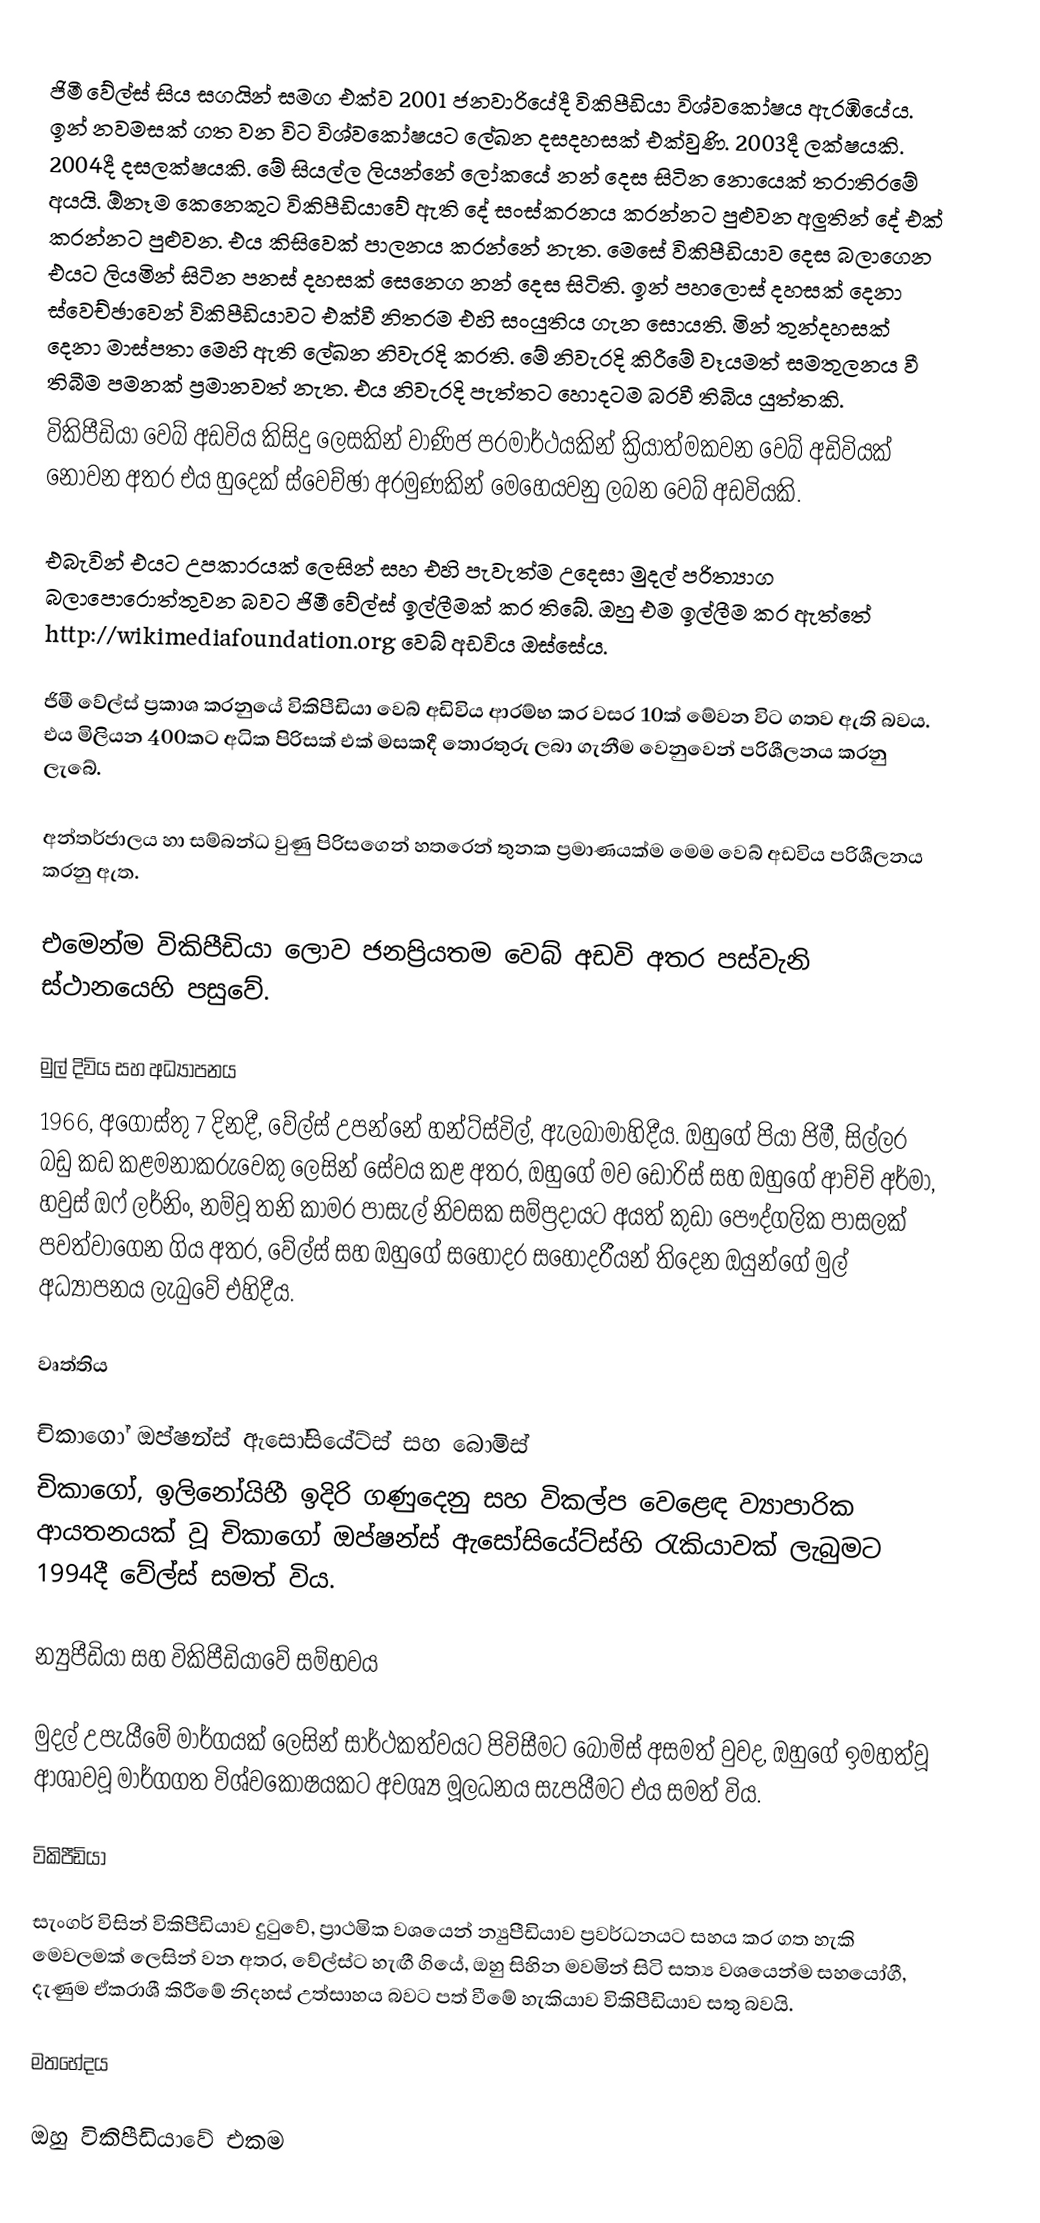
ජිමී වේල්ස් සිය සගයින් සමග එක්ව 2001 ජනවාරියේදී විකිපීඩියා විශ්වකෝෂය ඇරඹියේය. ඉන් නවමසක් ගත වන විට විශ්වකෝෂයට ලේඛන දසදහසක් එක්වුණි. 2003දී ලක්ෂයකි. 2004දී දසලක්ෂයකි. මේ සියල්ල ලියන්නේ ලෝකයේ නන් දෙස සිටින නොයෙක් තරාතිරමේ අයයි. ඕනෑම කෙනෙකුට විකිපීඩියාවේ ඇති දේ සංස්කරනය කරන්නට පුළුවන අලුතින් දේ එක් කරන්නට පුළුවන. එය කිසිවෙක් පාලනය කරන්නේ නැත. මෙසේ විකිපීඩියාව දෙස බලාගෙන එයට ලියමින් සිටින පනස් දහසක් සෙනෙග නන් දෙස සිටිති. ඉන් පහලොස් දහසක් දෙනා ස්වෙච්ඡාවෙන් විකිපීඩියාවට එක්වී නිතරම එහි සංයුතිය ගැන සොයති. මින් තුන්දහසක් දෙනා මාස්පතා මෙහි ඇති ලේඛන නිවැරදි කරති. මේ නිවැරදි කිරීමේ වෑයමත් සමතුලනය වී තිබීම පමනක් ප්‍රමානවත් නැත. එය නිවැරදි පැත්තට හොදටම බරවී තිබිය යුත්තකි.
විකිපීඩියා වෙබ් අඩවිය කිසිදු ලෙසකින් වාණිජ පරමාර්ථයකින් ක්‍රියාත්මකවන වෙබ් අඩිවියක් නොවන අතර එය හුදෙක් ස්වෙච්ඡා අරමුණකින් මෙහෙයවනු ලබන වෙබ් අඩවියකි.

එබැවින් එයට උපකාරයක් ලෙසින් සහ එහි පැවැත්ම උදෙසා මුදල් පරිත්‍යාග බලාපොරොත්තුවන බවට ජිමී වේල්ස් ඉල්ලීමක් කර තිබේ. ඔහු එම ඉල්ලීම කර ඇත්තේ http://wikimediafoundation.org වෙබ් අඩවිය ඔස්සේය.

ජිමී වේල්ස් ප්‍රකාශ කරනුයේ විකිපීඩියා වෙබ් අඩිවිය ආරම්භ කර වසර 10ක් මේවන විට ගතව ඇති බවය. එය මිලියන 400කට අධික පිරිසක් එක් මසකදී තොරතුරු ලබා ගැනීම වෙනුවෙන් පරිශීලනය කරනු ලැබේ.

අන්තර්ජාලය හා සම්බන්ධ වුණු පිරිසගෙන් හතරෙන් තුනක ප්‍රමාණයක්ම මෙම වෙබ් අඩවිය පරිශීලනය කරනු ඇත.

එමෙන්ම විකිපීඩියා ලොව ජනප්‍රියතම වෙබ් අඩවි අතර පස්වැනි ස්ථානයෙහි පසුවේ.

මුල් දිවිය සහ අධ්‍යාපනය
1966, අගෝස්තු 7 දිනදී, වේල්ස් උපන්නේ හන්ට්ස්විල්, ඇලබාමාහිදීය. ඔහුගේ පියා ජිමී, සිල්ලර බඩු කඩ කළමනාකරුවෙකු ලෙසින් සේවය කළ අතර, ඔහුගේ මව ඩොරිස් සහ ඔහුගේ ආච්චි අර්මා, හවුස් ඔෆ් ලර්නිං, නම්වූ තනි කාමර පාසැල් නිවසක සම්ප්‍රදායට අයත්  කුඩා පෞද්ගලික පාසලක්  පවත්වාගෙන ගිය අතර, වේල්ස් සහ ඔහුගේ සහෝදර සහෝදරීයන් තිදෙන ඔයුන්ගේ මුල් අධ්‍යාපනය ලැබුවේ එහිදීය.

වෘත්තිය

චිකාගෝ ඔප්ෂන්ස් ඇසෝසියේට්ස් සහ බොමිස්
චිකාගෝ, ඉලිනෝයිහී  ඉදිරි ගණුදෙනු සහ විකල්ප වෙළෙඳ ව්‍යාපාරික ආයතනයක් වූ චිකාගෝ ඔප්ෂන්ස් ඇසෝසියේට්ස්හි රැකියාවක් ලැබුමට 1994දී වේල්ස් සමත් විය.

න්‍යුපීඩියා සහ විකිපීඩියාවේ සම්භවය

මුදල් උපැයීමේ මාර්ගයක් ලෙසින් සාර්ථකත්වයට පිවිසීමට  බොමිස්  අසමත් වුවද, ඔහුගේ ඉමහත්වූ ආශාවවූ මාර්ගගත විශ්වකෝෂයකට අවශ්‍ය මූලධනය සැපයීමට එය සමත් විය.

විකිපීඩියා

සැංගර් විසින් විකිපීඩියාව දුටුවේ, ප්‍රාථමික වශයෙන් න්‍යුපීඩියාව ප්‍රවර්ධනයට සහය කර ගත හැකි මෙවලමක් ලෙසින් වන අතර,  වේල්ස්ට හැඟී ගියේ, ඔහු සිහින මවමින් සිටි සත්‍ය වශයෙන්ම සහයෝගී, දැණුම ඒකරාශී කිරීමේ නිදහස් උත්සාහය බවට පත් වීමේ හැකියාව විකිපීඩියාව සතු බවයි.

මතභේදය

ඔහු විකිපීඩියාවේ එකම